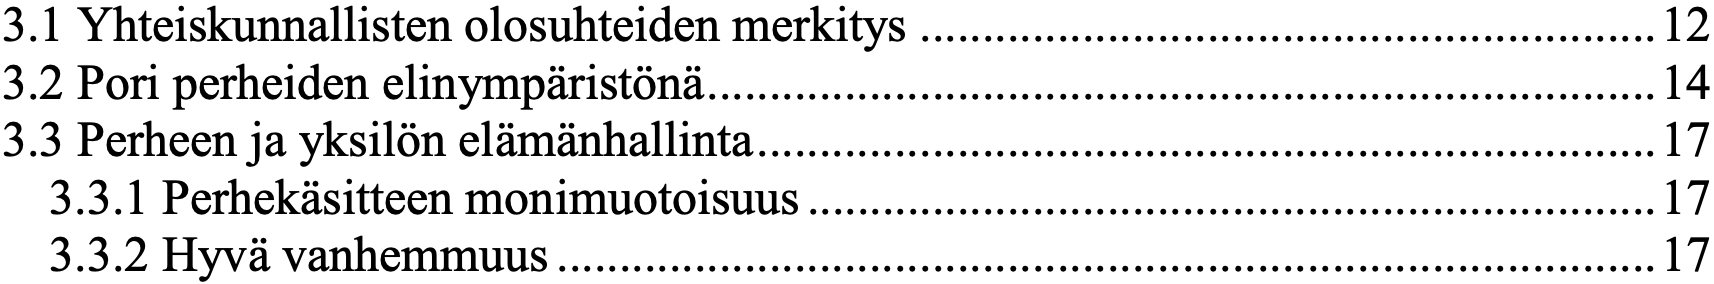
3.1 Yhteiskunnallisten olosuhteiden merkitys ........................................................... 12 3.2 Pori perheiden elinympäristönä ............................................................................ 14 3.3 Perheen ja yksilön elämänhallinta ........................................................................ 17 3.3.1 Perhekäsitteen monimuotoisuus .................................................................... 17 3.3.2 Hyvä vanhemmuus ........................................................................................ 17